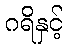
ဂရိနှင့်